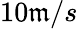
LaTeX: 10\mathfrak{m}/s